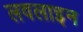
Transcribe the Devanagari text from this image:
लवलाइन